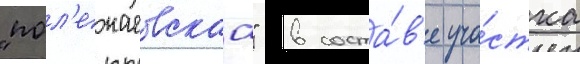
"пол'ежаевскаа" в соста́в'е уча́стка